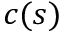
c ( s )